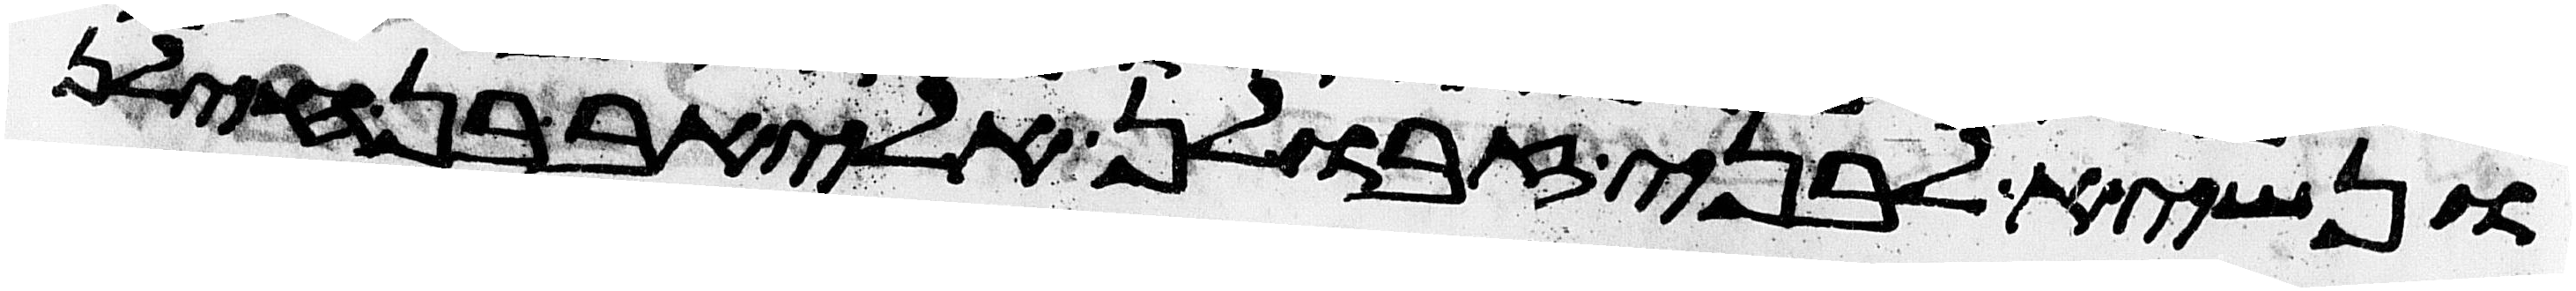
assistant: ונשיא לבני זבולן אליאב בן חילן